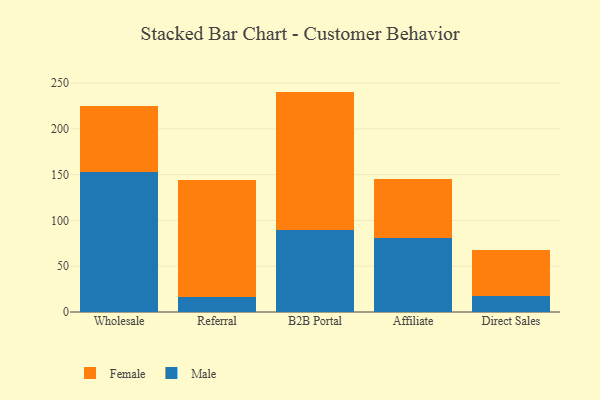
{"axis": {"x": "Channel", "y": "Gross Profit (USD K)"}, "legend": ["Female", "Male"], "data": [{"x": "Wholesale", "y": 152.6, "type": "Male"}, {"x": "Wholesale", "y": 72.3, "type": "Female"}, {"x": "Referral", "y": 16.3, "type": "Male"}, {"x": "Referral", "y": 127.4, "type": "Female"}, {"x": "B2B Portal", "y": 89.8, "type": "Male"}, {"x": "B2B Portal", "y": 150.8, "type": "Female"}, {"x": "Affiliate", "y": 80.6, "type": "Male"}, {"x": "Affiliate", "y": 64.3, "type": "Female"}, {"x": "Direct Sales", "y": 17.4, "type": "Male"}, {"x": "Direct Sales", "y": 50.6, "type": "Female"}]}